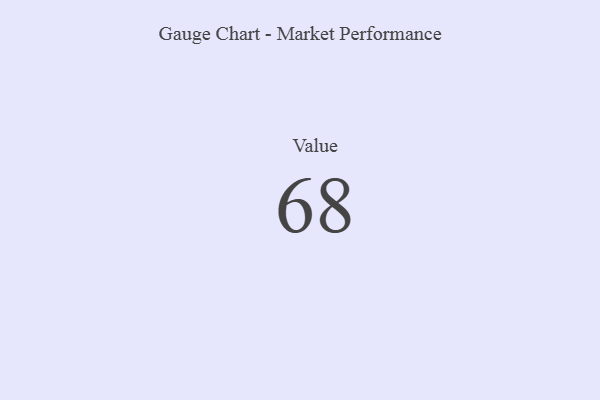
{"axis": {"x": "Metric", "y": "Value"}, "legend": [""], "data": [{"x": "Value", "y": 68, "type": ""}]}